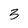
Character: 3